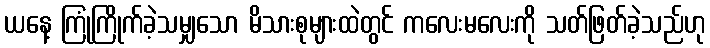
ယနေ့ ကြုံကြိုက်ခဲ့သမျှသော မိသားစုများထဲတွင် ကလေးမလေးကို သတ်ဖြတ်ခဲ့သည်ဟု